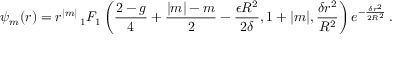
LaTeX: \psi _ { m } ( r ) = r ^ { | m | } \, _ { 1 } F _ { 1 } \left( { \frac { 2 - g } { 4 } } + { \frac { | m | - m } { 2 } } - { \frac { \epsilon R ^ { 2 } } { 2 \delta } } , 1 + | m | , { \frac { \delta r ^ { 2 } } { R ^ { 2 } } } \right) e ^ { - { \frac { \delta r ^ { 2 } } { 2 R ^ { 2 } } } } \, .